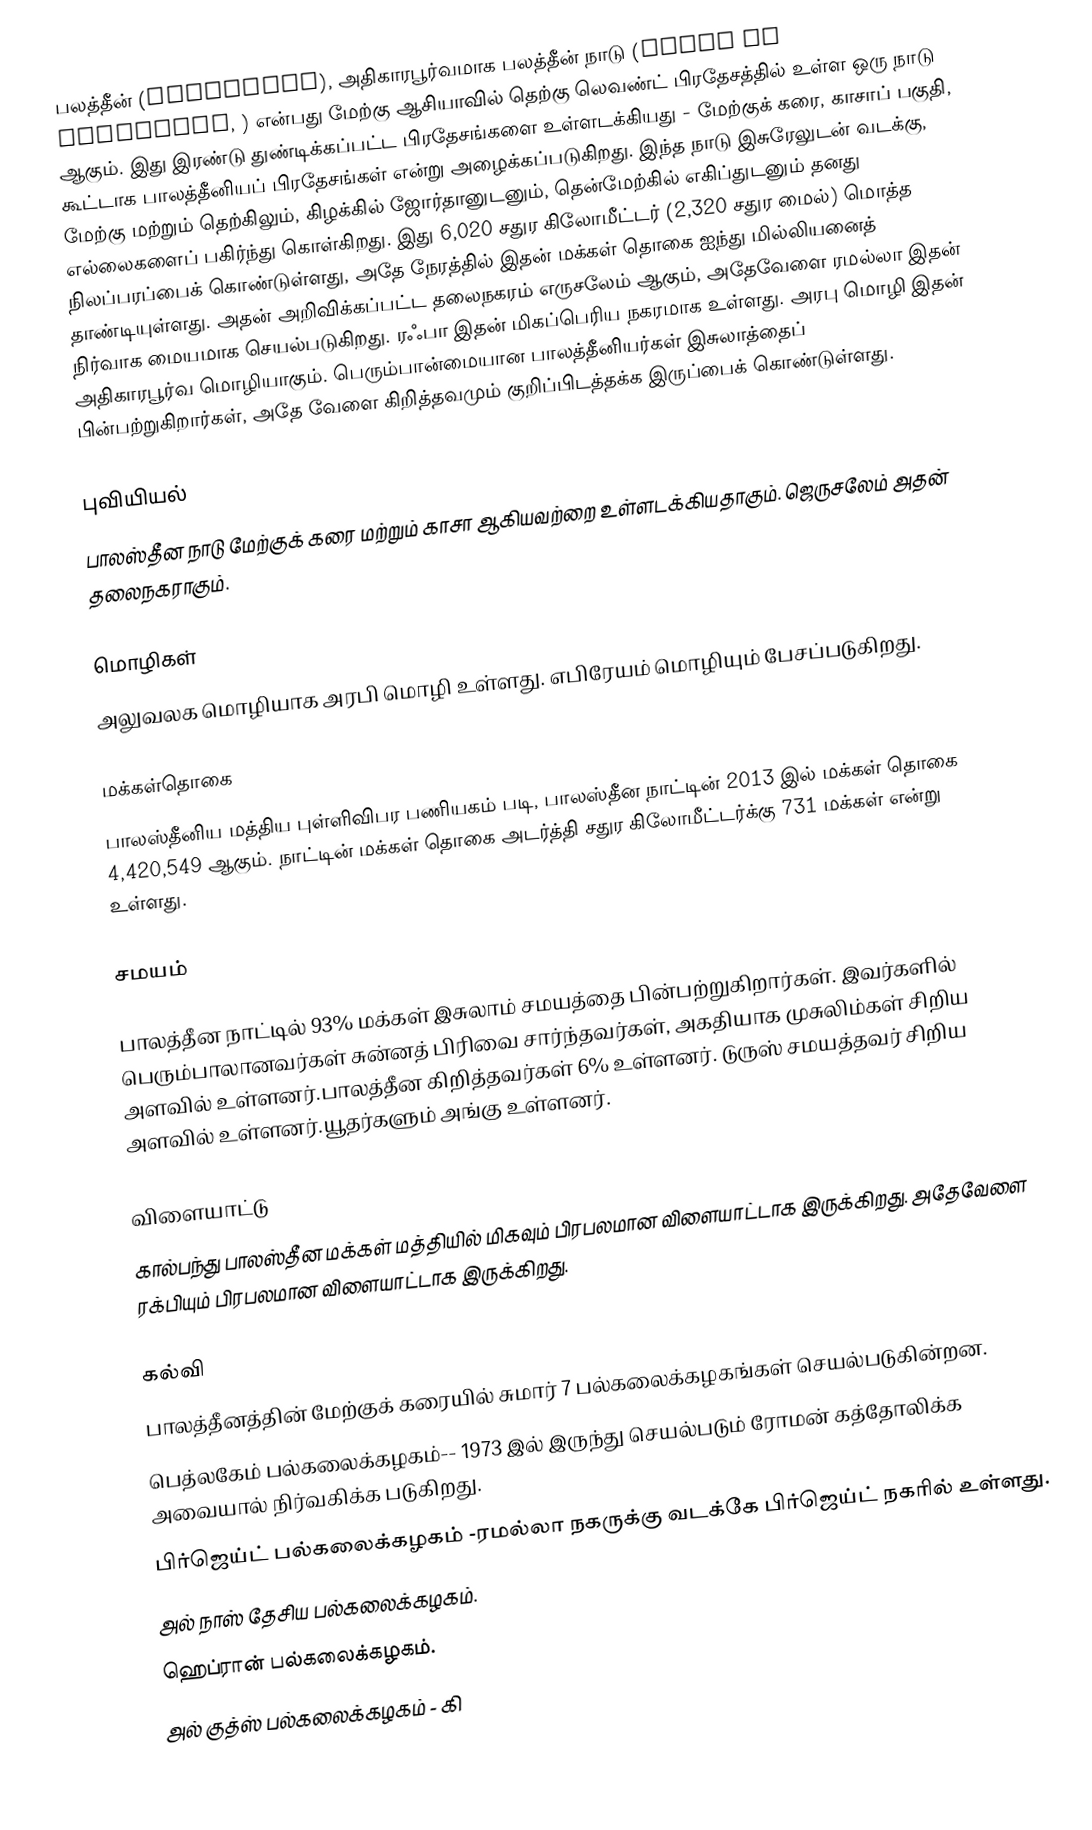
பலத்தீன் (Palestine), அதிகாரபூர்வமாக பலத்தீன் நாடு (State of Palestine, ) என்பது மேற்கு ஆசியாவில் தெற்கு லெவண்ட் பிரதேசத்தில் உள்ள ஒரு நாடு ஆகும். இது இரண்டு துண்டிக்கப்பட்ட பிரதேசங்களை உள்ளடக்கியது - மேற்குக் கரை, காசாப் பகுதி, கூட்டாக பாலத்தீனியப் பிரதேசங்கள் என்று அழைக்கப்படுகிறது. இந்த நாடு இசுரேலுடன் வடக்கு, மேற்கு மற்றும் தெற்கிலும், கிழக்கில் ஜோர்தானுடனும், தென்மேற்கில் எகிப்துடனும் தனது எல்லைகளைப் பகிர்ந்து கொள்கிறது. இது 6,020 சதுர கிலோமீட்டர் (2,320 சதுர மைல்) மொத்த நிலப்பரப்பைக் கொண்டுள்ளது, அதே நேரத்தில் இதன் மக்கள் தொகை ஐந்து மில்லியனைத் தாண்டியுள்ளது. அதன் அறிவிக்கப்பட்ட தலைநகரம் எருசலேம் ஆகும், அதேவேளை ரமல்லா இதன் நிர்வாக மையமாக செயல்படுகிறது. ரஃபா இதன் மிகப்பெரிய நகரமாக உள்ளது. அரபு மொழி இதன் அதிகாரபூர்வ மொழியாகும். பெரும்பான்மையான பாலத்தீனியர்கள் இசுலாத்தைப் பின்பற்றுகிறார்கள், அதே வேளை கிறித்தவமும் குறிப்பிடத்தக்க இருப்பைக் கொண்டுள்ளது.

புவியியல்
பாலஸ்தீன நாடு மேற்குக் கரை மற்றும் காசா ஆகியவற்றை உள்ளடக்கியதாகும். ஜெருசலேம் அதன் தலைநகராகும்.

மொழிகள்
அலுவலக மொழியாக அரபி மொழி உள்ளது. எபிரேயம் மொழியும் பேசப்படுகிறது.

மக்கள்தொகை
பாலஸ்தீனிய மத்திய புள்ளிவிபர பணியகம் படி, பாலஸ்தீன நாட்டின் 2013 இல் மக்கள் தொகை 4,420,549 ஆகும். நாட்டின் மக்கள் தொகை அடர்த்தி சதுர கிலோமீட்டர்க்கு 731 மக்கள் என்று உள்ளது.

சமயம்

பாலத்தீன நாட்டில் 93% மக்கள் இசுலாம் சமயத்தை பின்பற்றுகிறார்கள். இவர்களில் பெரும்பாலானவர்கள் சுன்னத் பிரிவை சார்ந்தவர்கள், அகதியாக முசுலிம்கள் சிறிய அளவில் உள்ளனர்.பாலத்தீன கிறித்தவர்கள் 6% உள்ளனர். டுருஸ்  சமயத்தவர் சிறிய அளவில் உள்ளனர்.யூதர்களும் அங்கு உள்ளனர்.

விளையாட்டு
கால்பந்து பாலஸ்தீன மக்கள் மத்தியில் மிகவும் பிரபலமான விளையாட்டாக இருக்கிறது. அதேவேளை ரக்பியும் பிரபலமான விளையாட்டாக இருக்கிறது.

கல்வி
பாலத்தீனத்தின் மேற்குக் கரையில் சுமார் 7 பல்கலைக்கழகங்கள் செயல்படுகின்றன.
 பெத்லகேம் பல்கலைக்கழகம்-- 1973 இல் இருந்து செயல்படும் ரோமன் கத்தோலிக்க அவையால் நிர்வகிக்க படுகிறது.
 பிர்ஜெய்ட் பல்கலைக்கழகம் -ரமல்லா  நகருக்கு வடக்கே பிர்ஜெய்ட் நகரில் உள்ளது.
 அல் நாஸ்  தேசிய பல்கலைக்கழகம்.
 ஹெப்ரான் பல்கலைக்கழகம்.
 அல் குத்ஸ்  பல்கலைக்கழகம் - கி